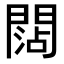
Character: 𨵍